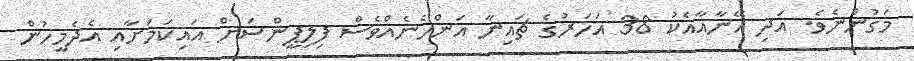
މަގުންނެވެ. އަދި އޭނާއާއެކު 38 އަހަރުގެ ޗައިނާ އަންހެނެއްވެސް ފިލިޕީންސަށް އައިކަމަށާއި އެދެމީހުން